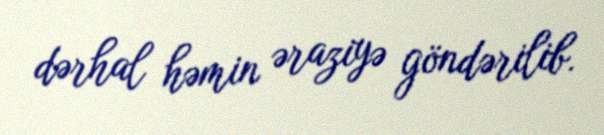
dərhal həmin əraziyə göndərilib.